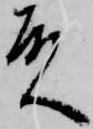
殿